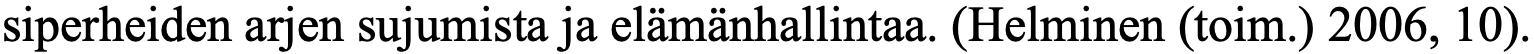
siperheiden arjen sujumista ja elämänhallintaa. (Helminen (toim.) 2006, 10).